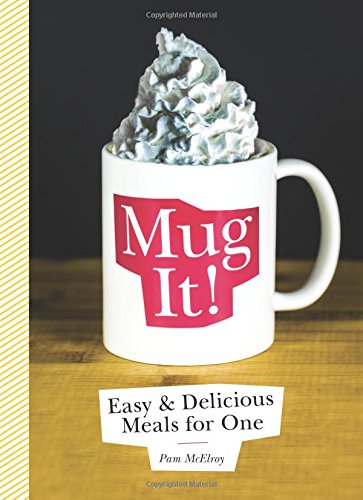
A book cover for Mug It!: Easy & Delicious Meals for One; Pam McElroy; Cookbooks, Food & Wine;